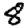
Digit: 8